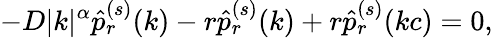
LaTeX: -D|k|^{\alpha}\hat{p}_{r}^{(s)}(k)-r\hat{p}_{r}^{(s)}(k)+r\hat{p}_{r}^{(s)}(kc)=0,